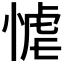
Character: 𭝬